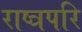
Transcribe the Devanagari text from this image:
राष्त्रपरि